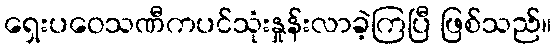
ရှေးပဝေသဏီကပင်သုံးနှုန်းလာခဲ့ကြပြီ ဖြစ်သည်။